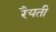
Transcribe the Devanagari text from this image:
रैयती